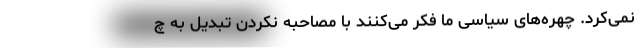
نمی‌کرد. چهره‌های سیاسی ما فکر می‌کنند با مصاحبه نکردن تبدیل به چ